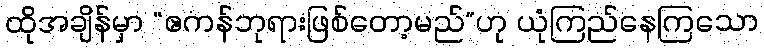
ထိုအချိန်မှာ “ဧကန်ဘုရားဖြစ်တော့မည်”ဟု ယုံကြည်နေကြသော